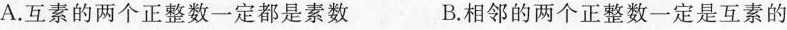
A.互素的两个正整数一定都是素数 B.相邻的两个正整数一定是互素的